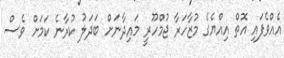
އެއްވެފައި އޮތް އިއްޔެގެ މުޒާހަރާ ޖުމްހޫރީ މައިދާނަށް ބަދަލު ކުރާނެ ކަމަށް ވެސް